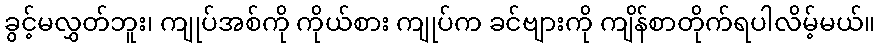
ခွင့်မလွှတ်ဘူး၊ ကျုပ်အစ်ကို ကိုယ်စား ကျုပ်က ခင်ဗျားကို ကျိန်စာတိုက်ရပါလိမ့်မယ်။